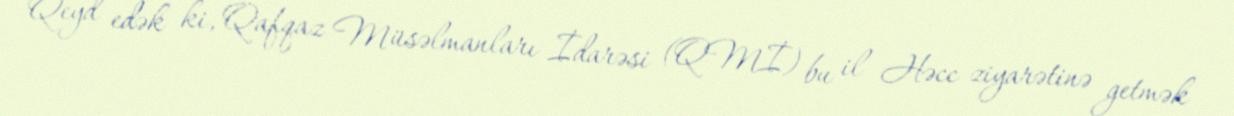
Qeyd edək ki, Qafqaz Müsəlmanları İdarəsi (QMİ) bu il Həcc ziyarətinə getmək